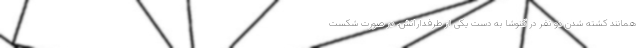
همانند کشته شدن دو نفر در کنوشا به دست یکی از طرفدارانش. در صورت شکست